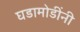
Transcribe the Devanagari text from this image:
घडामोडींनी